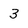
Character: 3